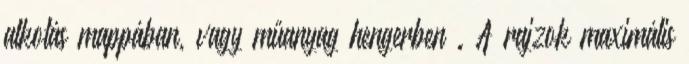
alkotás mappában, vagy műanyag hengerben . A rajzok maximális